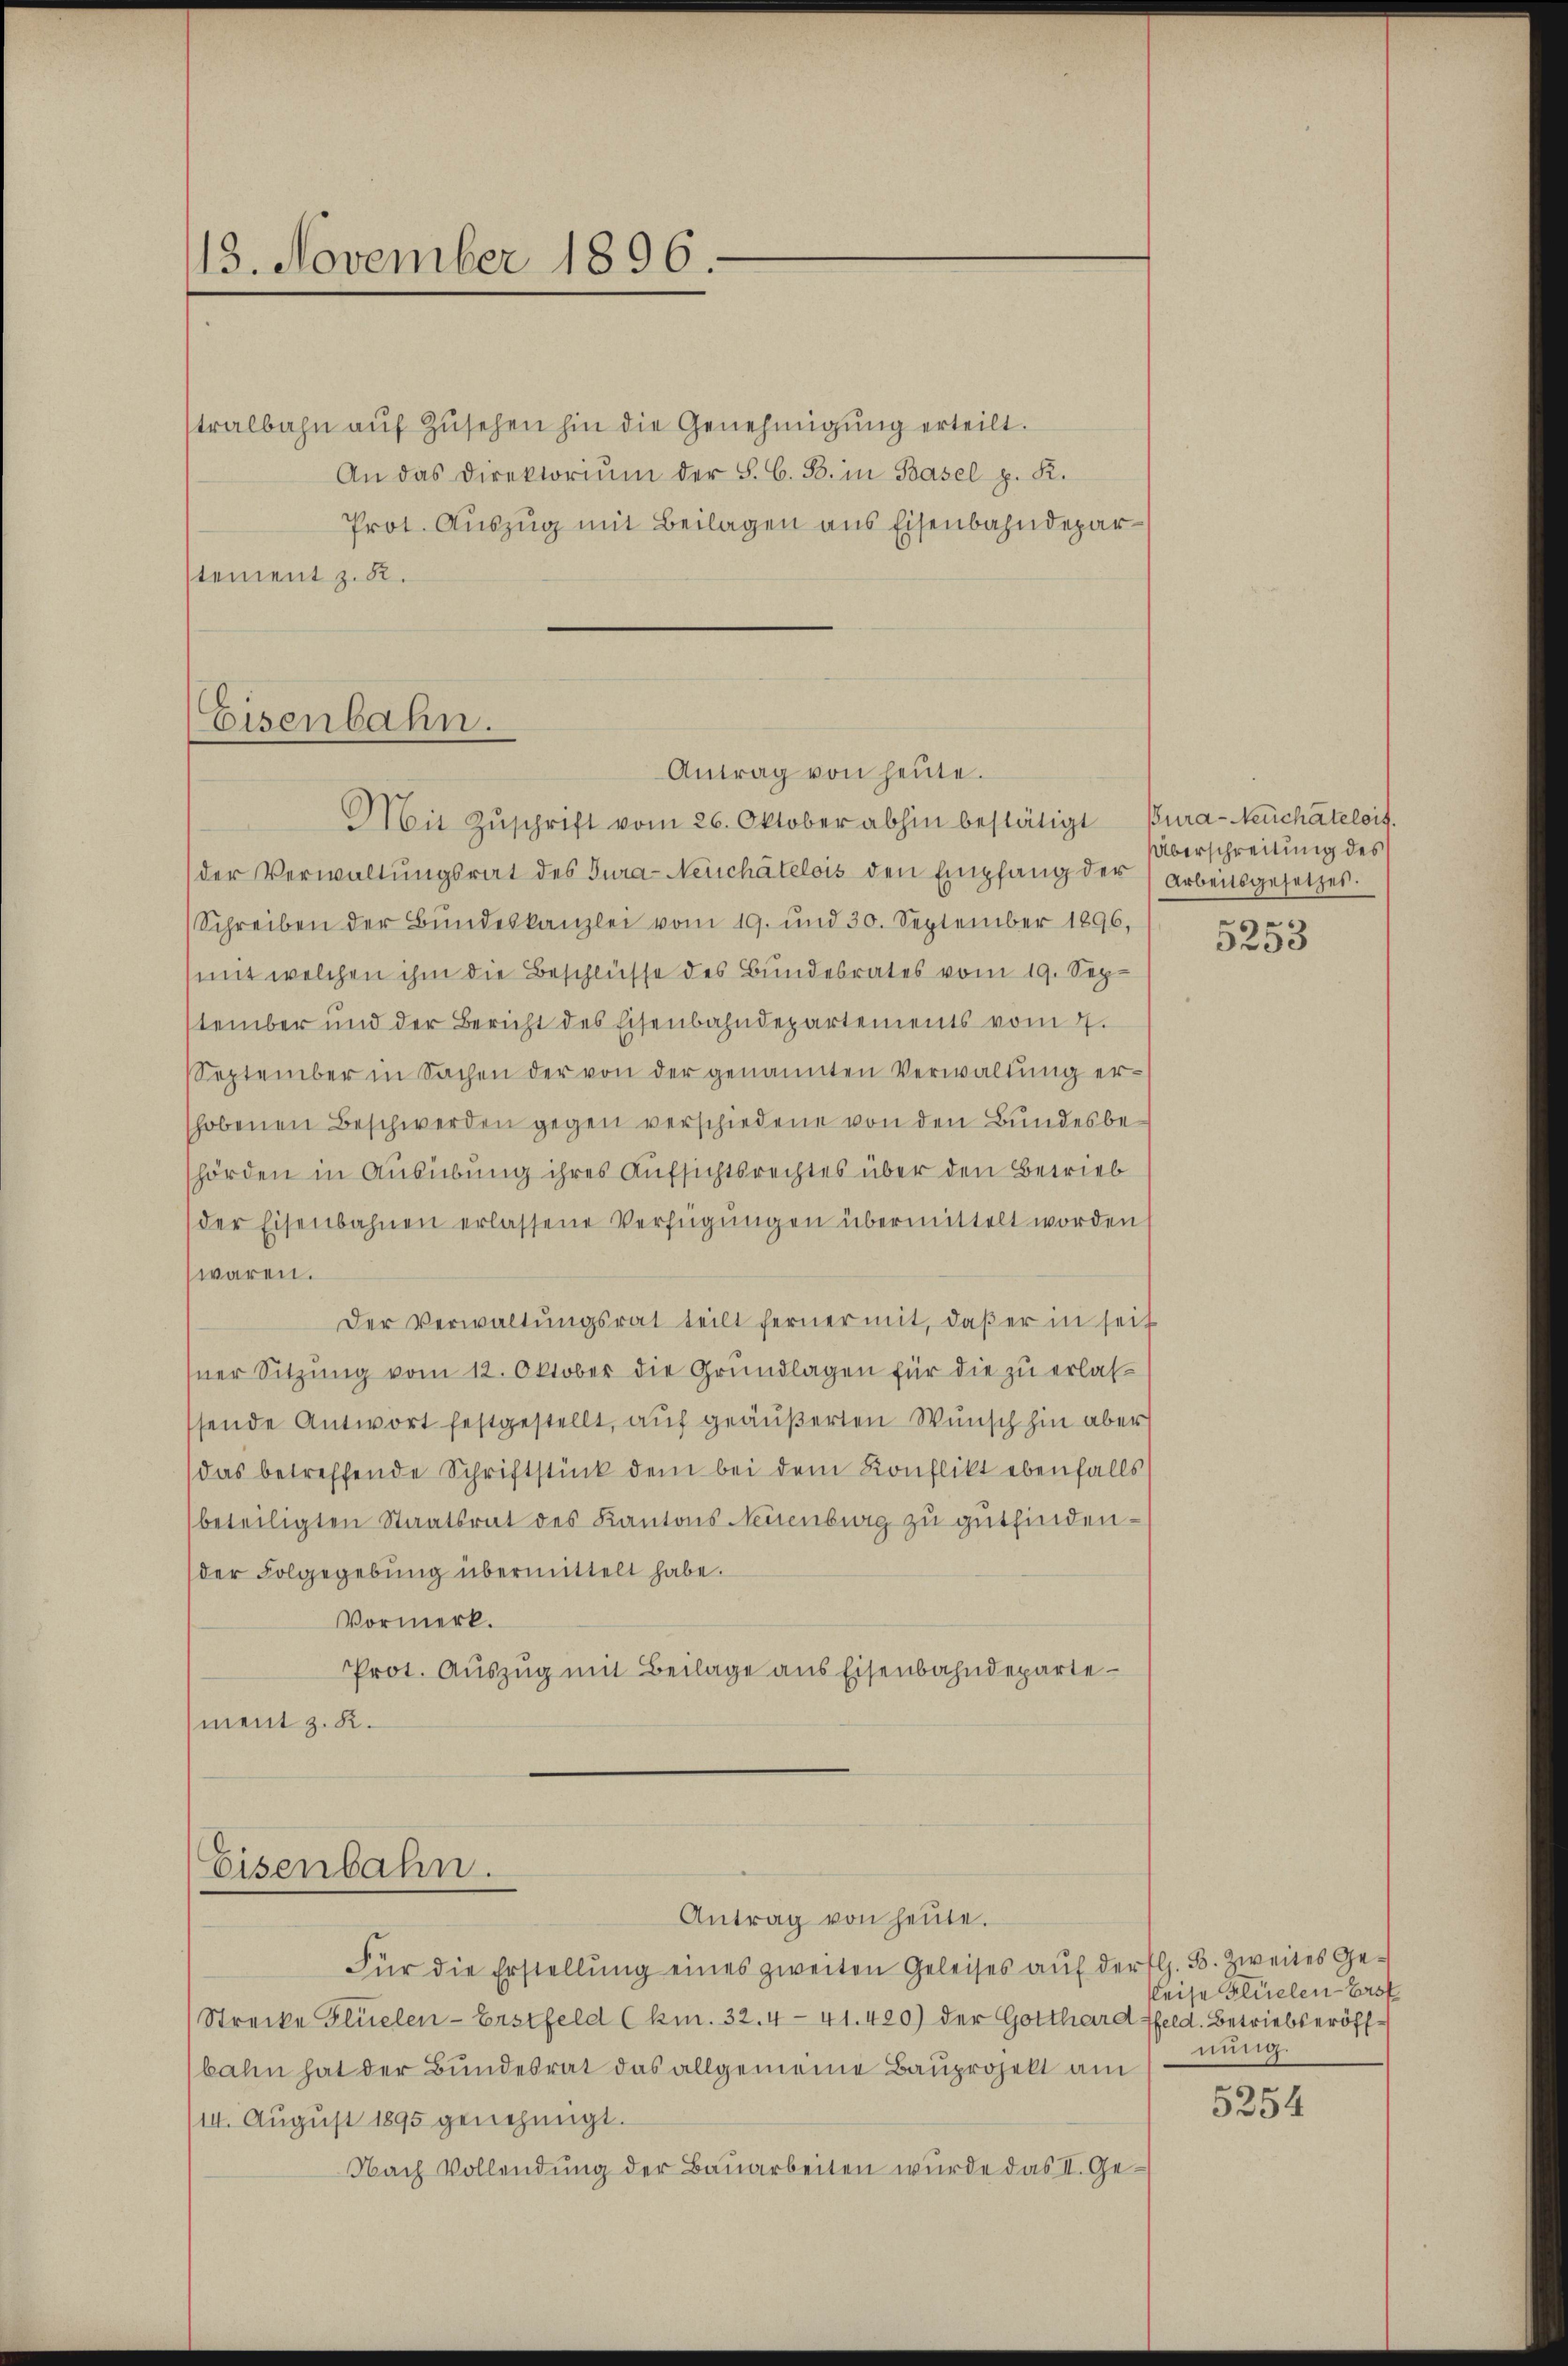
13. November 1896.

stralbahn aŭf Zŭsehen hin die Genehmigŭng erteilt.
An das Direktoriŭm der S. C. B. in Basel p. K.
Prot. Auszug mit Beilagen aus Eisenbahndeparstement z. R.

Eisenbahn.
Antrag von heŭte.
Mit Zŭschrift vom 26. Oktober abhin bestätigt Bura-Neuchâtelois.

der Verwaltŭngsrat des Tura-Neuchâtelois den Empfang der Arbeitsgesetzes.
Schreiben der Bŭndeskanzlei vom 19. und 30. September 1896,
mit welchen ihm die Beschlüsse des Bundesrates vom 19. September und der Bericht des Eisenbahndepartements vom 4.
September in Sachen der von der genannten Verwaltŭng er-
shobenen Beschwerden gegen verschiedene von den Bundesbehörden in Ausübung ihres Aufsichtsrechtes über den Betrieb
der Eisenbahnen erlassene Verfügungen übermittelt worden
waren.
Der Verwaltŭngsrat teilt ferner mit, daβ er in seit
ner Sitzŭng vom 12. Oktober die Grundlagen für die zu erlaß
ssende Antwort festgestellt, auf geäußerten Wunsch hin aber
das betreffende Schriftstück dem bei dem Konflikt ebenfalls
beteiligten Staatsrat des Kantons Neuenburg zu gutfinden.
der Folgegebung übermittelt habe.
Vormerk.
Prot. Auszug mit Beilage aus Eisenbahndeparte
ment z. K.

Eisenbahn.
Antrag von heute.

Überschreitung des
s

Für die Erstellŭng eines zweiten Geleises aŭf der fl. B. Zweites Ge¬
Strecke Flüelen-Erstfeld (km. 32. 441. 420) der Gotthard feld. Betriebseröffbahn hat der Bundesrat das allgemeine Bauprojekt am
/14. August 1895 genehmigt.
Nach Vollendŭng der Baŭarbeiten wurde das II. Ge¬

5200

Reise Flüelen-Erst
nung.

5254